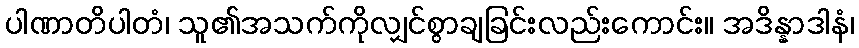
ပါဏာတိပါတံ၊ သူ၏အသက်ကိုလျှင်စွာချခြင်းလည်းကောင်း။ အဒိန္နာဒါနံ၊